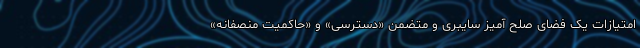
امتیازات یک فضای صلح آمیز سایبری و متضمن «دسترسی» و «حاکمیت منصفانه»